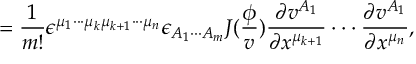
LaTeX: = \frac 1 { m ! } \epsilon ^ { \mu _ { 1 } \cdot \cdot \cdot \mu _ { k } \mu _ { k + 1 } \cdot \cdot \cdot \mu _ { n } } \epsilon _ { A _ { 1 } \cdot \cdot \cdot A _ { m } } J ( \frac \phi v ) \frac { \partial v ^ { A _ { 1 } } } { \partial x ^ { \mu _ { k + 1 } } } \cdot \cdot \cdot \frac { \partial v ^ { A _ { 1 } } } { \partial x ^ { \mu _ { n } } } ,